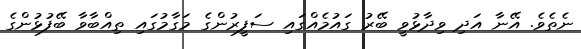
ނެތެވެ. އޭނާ އަދި ވިދާޅުވީ ބޭރު ގައުމެއްގައި ސަފީރުންގެ މަގާމުގައި ތިއްބާވާ ބޭފުޅުންގެ